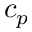
c _ { p }